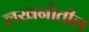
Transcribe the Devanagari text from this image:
लखनौतील